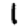
Digit: 1